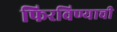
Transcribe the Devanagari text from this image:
फिरविण्याची